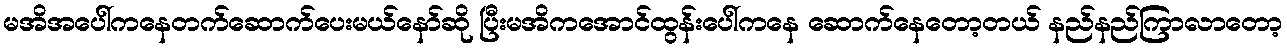
မအိအပေါ်ကနေတက်ဆောက်ပေးမယ်နော်ဆို ပြီးမအိကအောင်ထွန်းပေါ်ကနေ ဆောက်နေတော့တယ် နည်နည်ကြာလာတော့